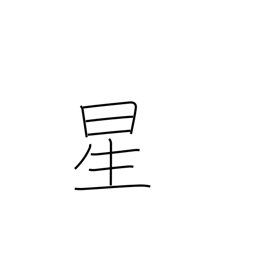
Meaning: star